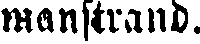
manstrand.